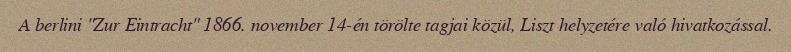
A berlini "Zur Eintracht" 1866. november 14-én törölte tagjai közül, Liszt helyzetére való hivatkozással.